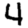
Digit: 4